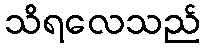
သိရလေသည်